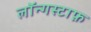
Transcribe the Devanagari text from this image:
लॉन्गस्टाफ़